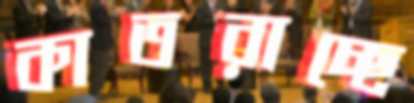
কাতরাচ্ছে